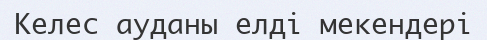
Келес ауданы елді мекендері